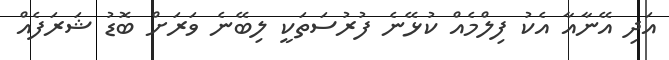
އަދި އޭނާއާ އެކު ފިލްމެއް ކުޅޭނެ ފުރުސަތަކީ ލިބޭނެ ވަރަށް ބޮޑު ޝަރަފެއް